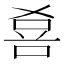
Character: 𱓎